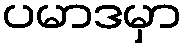
ပမာဒမှာ